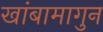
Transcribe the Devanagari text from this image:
खांबामागुन